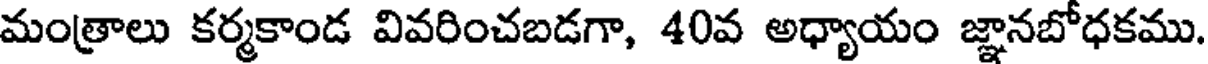
మంత్రాలు కర్మకాండ వివరించబడగా, 40వ అధ్యాయం జ్ఞానబోధకము.